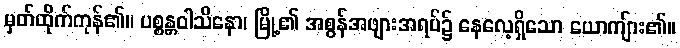
မှတ်ထိုက်ကုန်၏။ ပစ္စန္တဝါသိနော၊ မြို့၏ အစွန်အဖျားအရပ်၌ နေလေ့ရှိသော ယောကျ်ား၏။